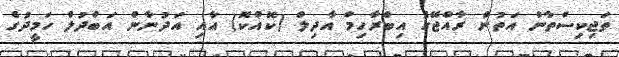
ތަޖިކިސްތާން އަތުން ރާއްޖޭގެ އިބްރާހިމް އާދިލް (ކޮއްކޮ) އާއި އަދުނާން އަބްދުލް ހަމީދުގެ